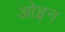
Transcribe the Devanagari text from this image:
ओइन